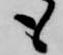
も